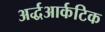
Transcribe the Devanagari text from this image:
अर्द्धआर्कटिक